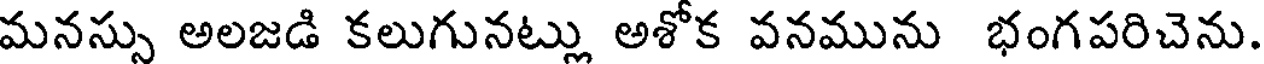
మనస్సు అలజడి కలుగునట్లు అశోక వనమును భంగపరిచెను.